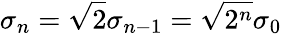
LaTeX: \sigma_{n}=\sqrt{2}\sigma_{n-1}=\sqrt{2^{n}}\sigma_{0}